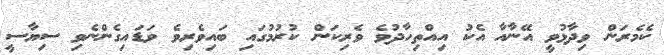
ކެމެރަން ވިދާޅުވީ އޭނާއާ އެކު އިއްތިހާދުވެ ވެރިކަން ކުރުމުގައި ބައިވެރިވެ ވަޑައިގެންނެވި ސިޔާސީ